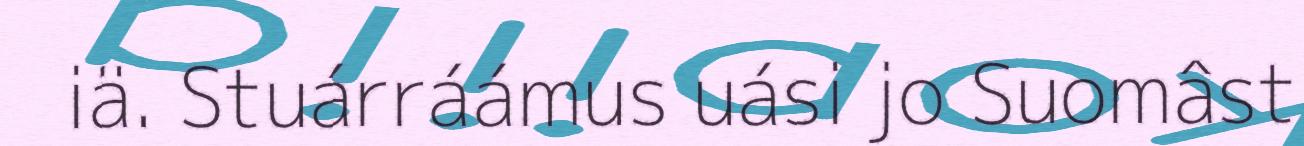
iä. Stuárráámus uási jo Suomâst